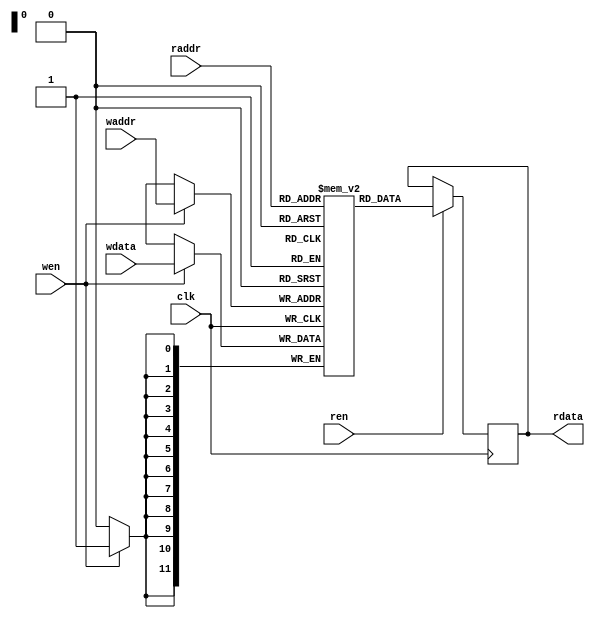

module vga_ram (
    input clk,	
	input wen, 
	input [11:0] waddr,
	input [11:0] wdata,	
    input ren,	
	input [11:0] raddr,		    	
    output reg [11:0] rdata
);
	//parameter MEM_INIT_FILE = "vid_ram.mem";
	(* ram_style = "distributed" *) reg [11:0] ram [0:4095];   //  memory for 16 character with dimension 16x16 pixels @ 12bpp
	
	//initial
	//if (MEM_INIT_FILE != "")
	//	$readmemh(MEM_INIT_FILE, ram);
		
    always @(posedge clk) 
	begin
		if (ren)
			rdata <= ram[raddr];
	end		
			
    always @(posedge clk) 
	begin			
		if (wen)
			ram[waddr] <= wdata;
    end
	
endmodule